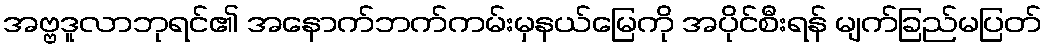
အဗ္ဗဒူလာဘုရင်၏ အနောက်ဘက်ကမ်းမှနယ်မြေကို အပိုင်စီးရန် မျက်ခြည်မပြတ်